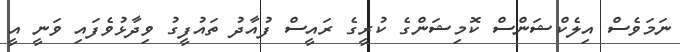
ނަމަވެސް އިލެކްޝަންސް ކޮމިޝަންގެ ކުރީގެ ރައީސް ފުއާދު ތައުފީގު ވިދާޅުވެފައި ވަނީ އީ